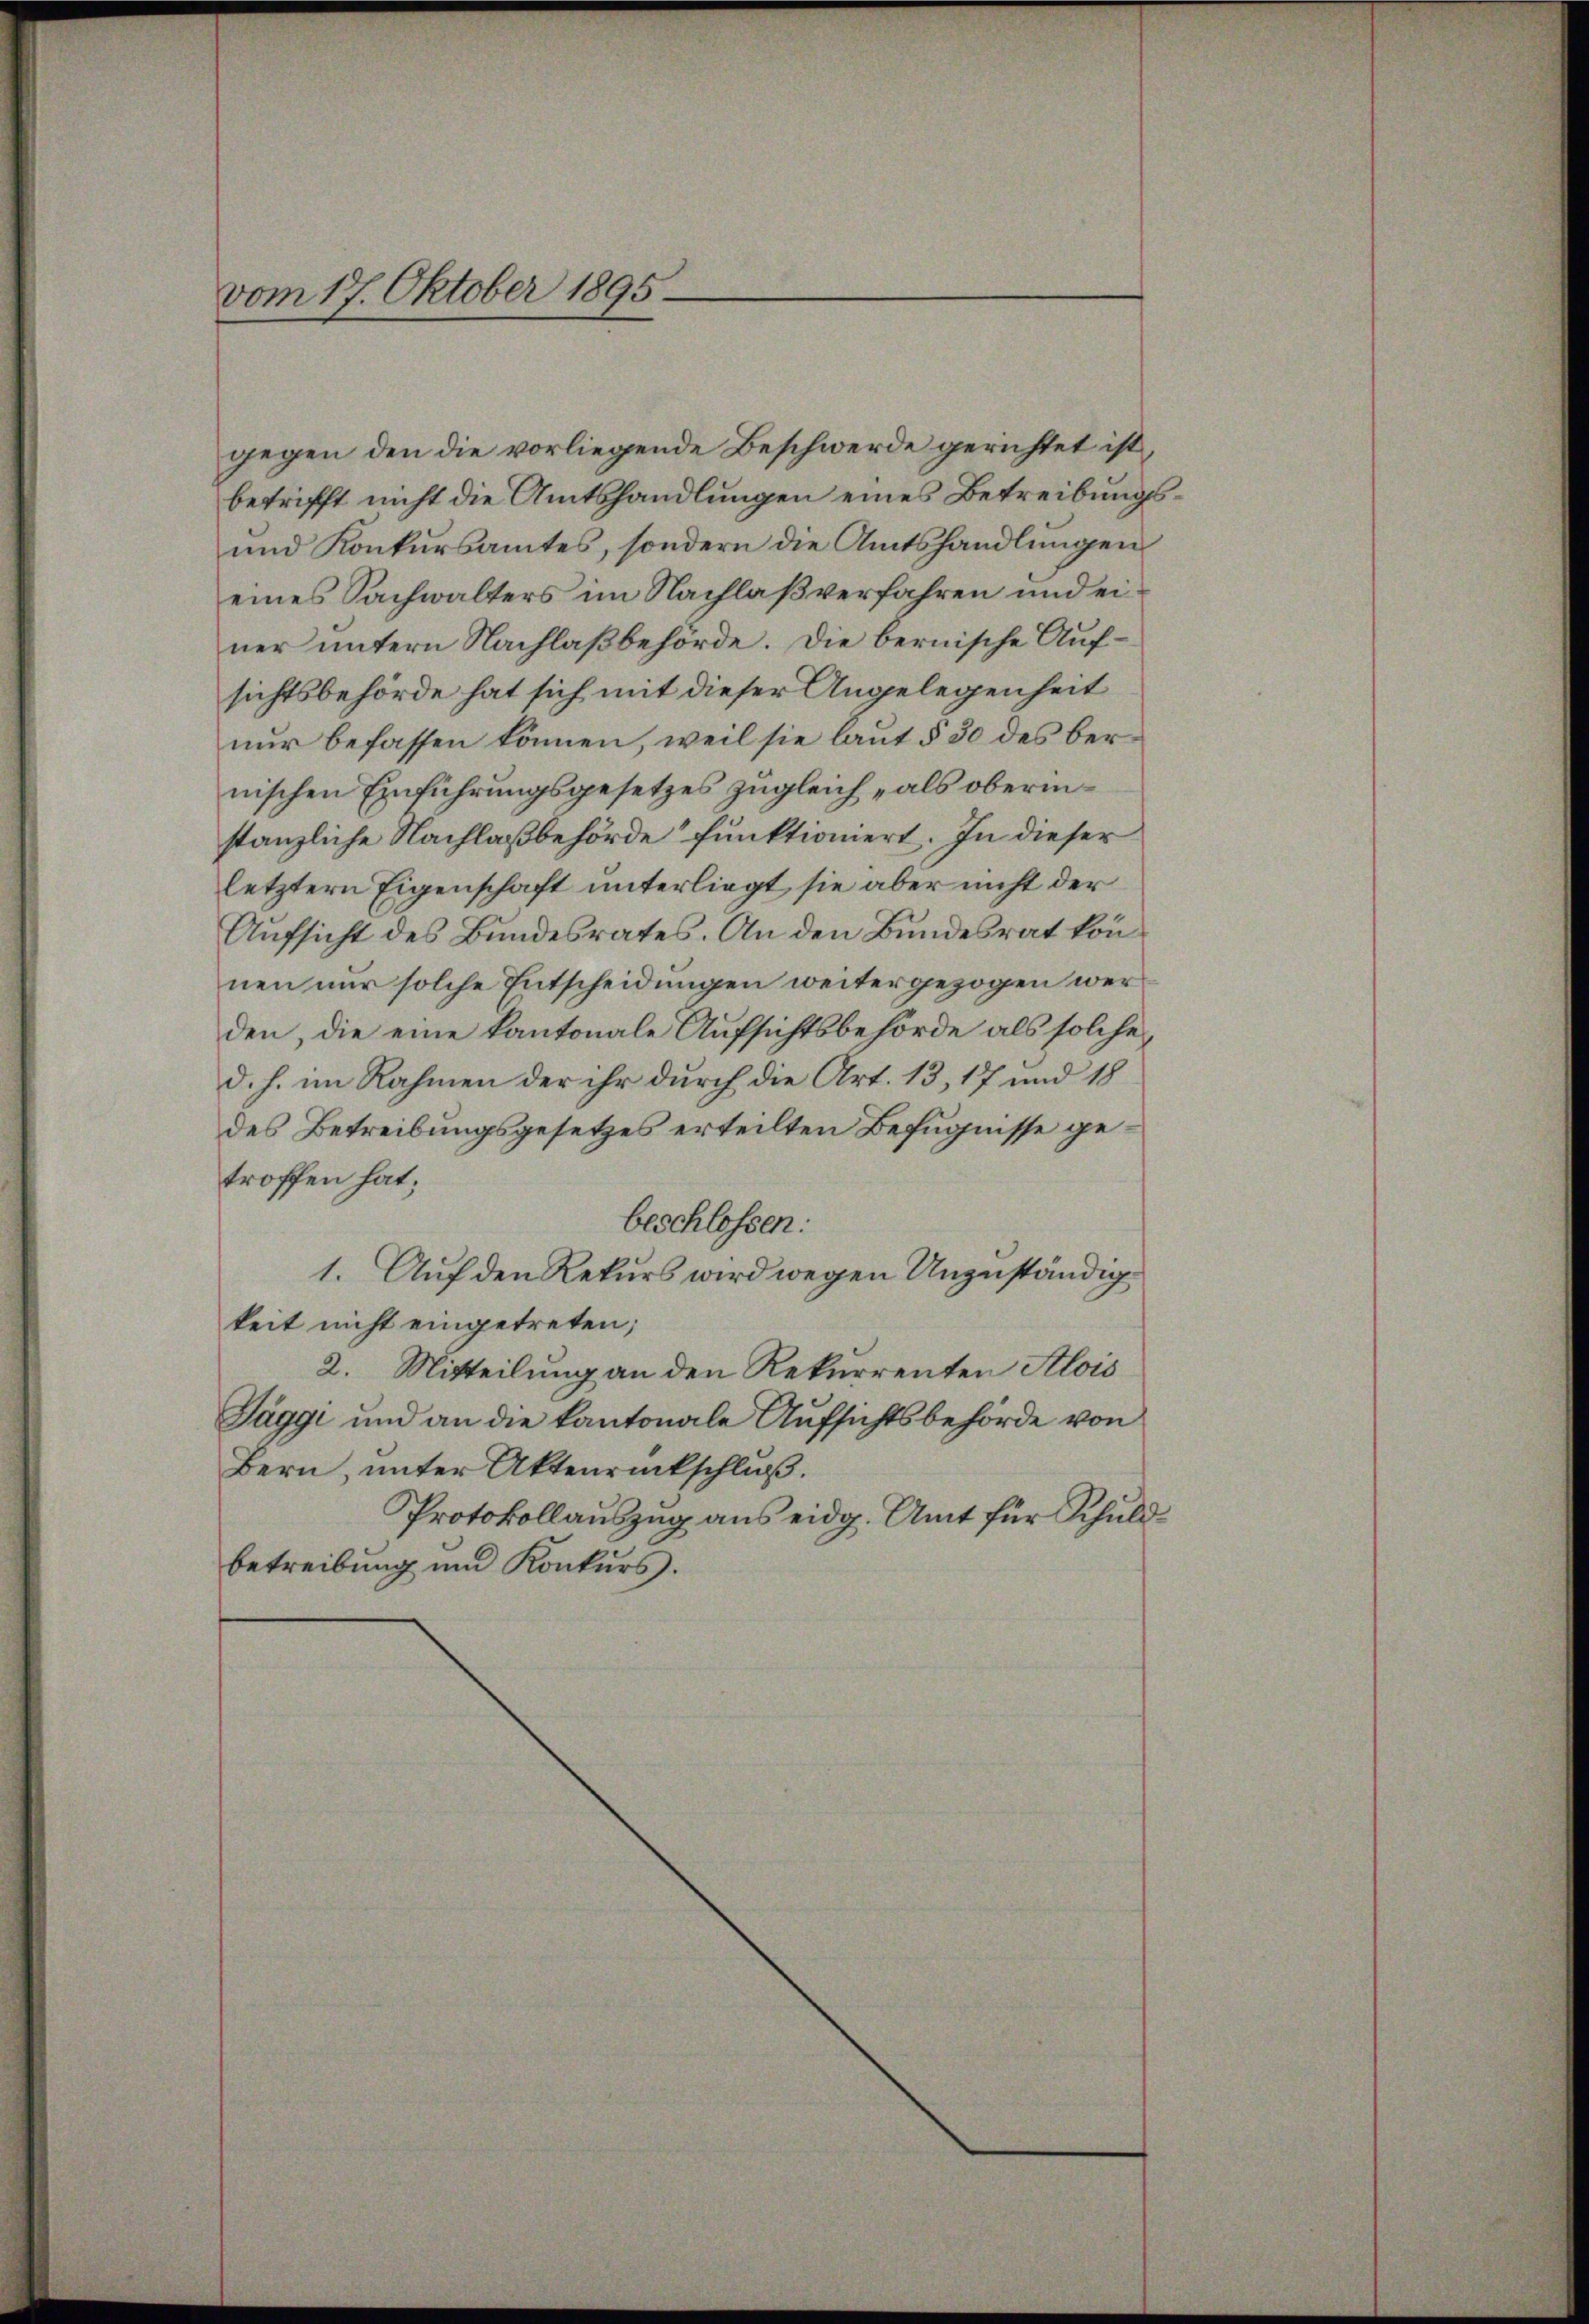
vom 17. Oktober 1895

gegen den die vorliegende Beschwerde gerichtet ist,
betrifft nicht die Amtshandlungen eines Betreibungs¬
und Konkursamtes, sondern die Amtshandlungen
eines Sachwalters im Nachlaß verfahren und einer untern Nachlaßbehörde. Die bernische Aufsichtsbehörde hat sich mit dieser Angelegenheit
nur befassen können, weil sie laut § 30 des ber
nischen Einführungsgesetzes zugleich „als oberinstanzliche Nachlaßbehörde funktioniert. In dieser
letztern Eigenschaft unterliegt, sie aber nicht der
Aufsicht des Bundesrates. An den Bundesrat können nur solche Entscheidungen weitergezogen werden, die eine kantonale Aufsichtsbehörde als solche
d. h. im Rahmen der ihr durch die Art. 13, 17 und 18
des Betreibungsgesetzes erteilten Befugnisse getroffen hat;
beschlossen:
1. Auf den Rekurs wird wegen Unzuständig
keit nicht eingetreten;
2. Mitteilung an den Rekurrenten Alois
Täggi und an die kantonale Aufsichtsbehörde von
Bern, unter Aktenrückschluß.
Protokollauszug aus eidg. Amt für Schuld
betreibung und Konkurs.